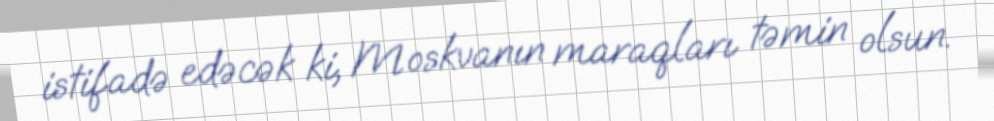
istifadə edəcək ki, Moskvanın maraqları təmin olsun.